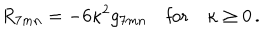
R _ { 7 m n } = - 6 \kappa ^ { 2 } g _ { 7 m n } \quad \textrm { f o r } \quad \kappa \ge 0 \, .